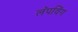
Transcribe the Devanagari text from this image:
लॅपविंग